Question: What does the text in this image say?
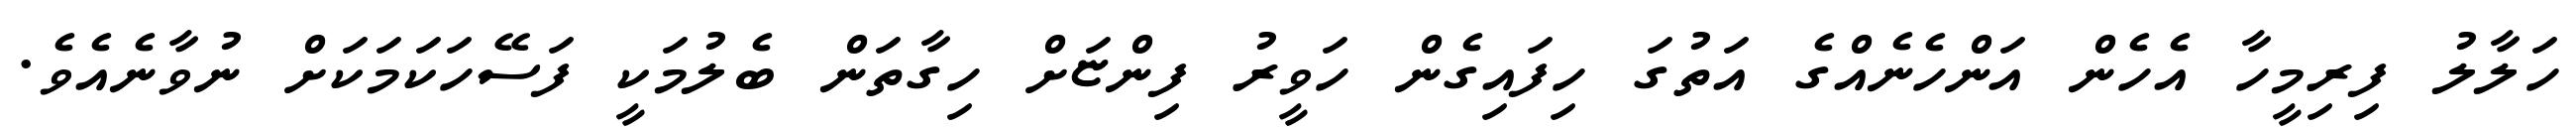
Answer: ހަލާލު ފިރިމީހާ އެހެން އަންހެނެއްގެ އަތުގަ ހިފައިގެން ހަވީރު ފިންޏަށް ހިގާތަން ބެލުމަކީ ފަސޭހަކަމަކަށް ނުވާނެއެވެ.